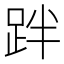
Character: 跘